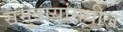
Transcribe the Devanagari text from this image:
समुदायांमधील